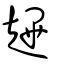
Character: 䟆